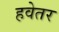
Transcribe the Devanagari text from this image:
हवेतर